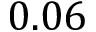
0 . 0 6